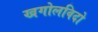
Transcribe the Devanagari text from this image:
खगोलविदो